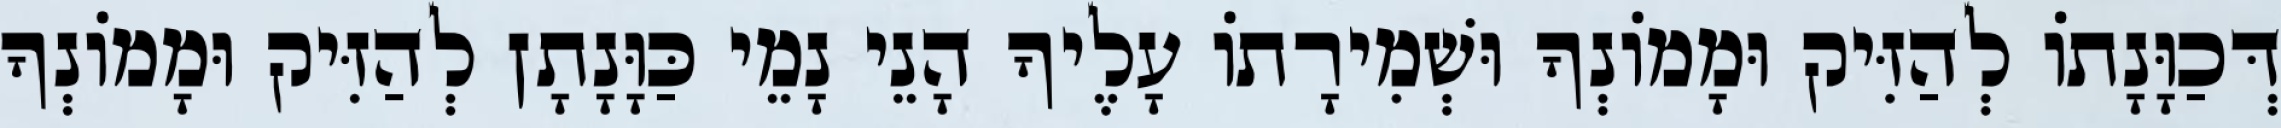
דְּכַוָּנָתוֹ לְהַזִּיק וּמָמוֹנְךָ וּשְׁמִירָתוֹ עָלֶיךָ הָנֵי נָמֵי כַּוָּנָתָן לְהַזִּיק וּמָמוֹנְךָ